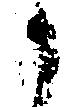
候